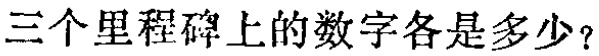
三个里程碑上的数字各是多少？